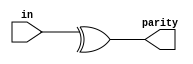
module top_module (
    input [7:0] in,
    output parity); 

    assign parity = ^in; 

endmodule